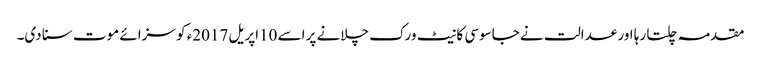
مقدمہ چلتا رہا اور عدالت نے جاسوسی کا نیٹ ورک چلانے پر اسے 10اپریل 2017ء کو سزائے موت سنا دی۔